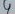
Text: 4